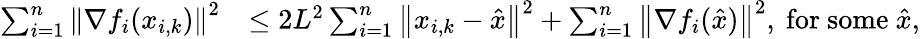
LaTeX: \begin{array}{rl}{\sum_{i=1}^{n}\left\Vert\nabla f_{i}(x_{i,k})\right\Vert^{2}}&{\leq 2L^{2}\sum_{i=1}^{n}\left\Vert x_{i,k}-\hat{x}\right\Vert^{2}+\sum_{i=1}^{n}\left\Vert\nabla f_{i}(\hat{x})\right\Vert^{2},\mathrm{~for~some~}\hat{x},}\end{array}